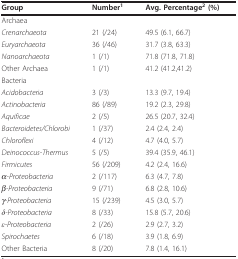
<table><thead><tr><td><b>Group</b></td><td><b>Number<sup>1</sup></b></td><td><b>Avg. Percentage<sup>2 </sup>(%)</b></td></tr></thead><tbody><tr><td colspan="3">Archaea</td></tr><tr><td><i>Crenarchaeota</i></td><td>21 (/24)</td><td>49.5 (6.1, 66.7)</td></tr><tr><td><i>Euryarchaeota</i></td><td>36 (/46)</td><td>31.7 (3.8, 63.3)</td></tr><tr><td><i>Nanoarchaeota</i></td><td>1 (/1)</td><td>71.8 (71.8, 71.8)</td></tr><tr><td>Other Archaea</td><td>1 (/1)</td><td>41.2 (41.2,41.2)</td></tr><tr><td colspan="3">Bacteria</td></tr><tr><td><i>Acidobacteria</i></td><td>3 (/3)</td><td>13.3 (9.7, 19.4)</td></tr><tr><td><i>Actinobacteria</i></td><td>86 (/89)</td><td>19.2 (2.3, 29.8)</td></tr><tr><td><i>Aquificae</i></td><td>2 (/5)</td><td>26.5 (20.7, 32.4)</td></tr><tr><td><i>Bacteroidetes/Chlorobi</i></td><td>1 (/37)</td><td>2.4 (2.4, 2.4)</td></tr><tr><td><i>Chloroflexi</i></td><td>4 (/12)</td><td>4.7 (4.0, 5.7)</td></tr><tr><td><i>Deinococcus-Thermus</i></td><td>5 (/5)</td><td>39.4 (35.9, 46.1)</td></tr><tr><td><i>Firmicutes</i></td><td>56 (/209)</td><td>4.2 (2.4, 16.6)</td></tr><tr><td><i>α-Proteobacteria</i></td><td>2 (/117)</td><td>6.3 (4.7, 7.8)</td></tr><tr><td><i>β-Proteobacteria</i></td><td>9 (/71)</td><td>6.8 (2.8, 10.6)</td></tr><tr><td><i>γ-Proteobacteria</i></td><td>15 (/239)</td><td>4.5 (3.0, 5.7)</td></tr><tr><td><i>δ-Proteobacteria</i></td><td>8 (/33)</td><td>15.8 (5.7, 20.6)</td></tr><tr><td><i>ε-Proteobacteria</i></td><td>2 (/26)</td><td>2.9 (2.7, 3.2)</td></tr><tr><td><i>Spirochaetes</i></td><td>6 (/18)</td><td>3.9 (1.8, 6.9)</td></tr><tr><td>Other Bacteria</td><td>8 (/20)</td><td>7.8 (1.4, 16.1)</td></tr></tbody></table>